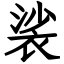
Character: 裟